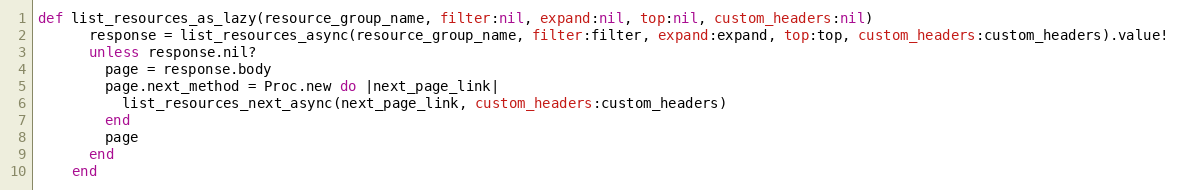
Language: Ruby
def list_resources_as_lazy(resource_group_name, filter:nil, expand:nil, top:nil, custom_headers:nil)
      response = list_resources_async(resource_group_name, filter:filter, expand:expand, top:top, custom_headers:custom_headers).value!
      unless response.nil?
        page = response.body
        page.next_method = Proc.new do |next_page_link|
          list_resources_next_async(next_page_link, custom_headers:custom_headers)
        end
        page
      end
    end